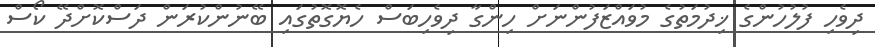
ދިވެހި ފުލުހުންގެ ޚިދުމަތުގެ މުވައްޒަފުުންނަށް ހިންގާ ދިވެހިބަސް ހެޔޮގޮތުގައި ބޭނުންކުރަން ދަސްކޮށްދޭ ކޯސް